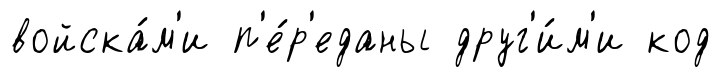
войска́м'и п'е́р'еданы друг'и́м'и код